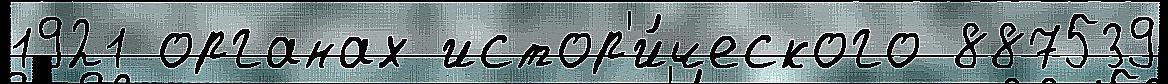
1921 органах истор'и́ческого 887539